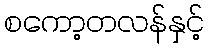
စကော့တလန်နှင့်